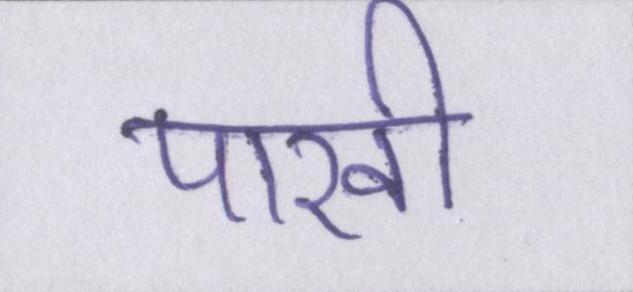
पाखी